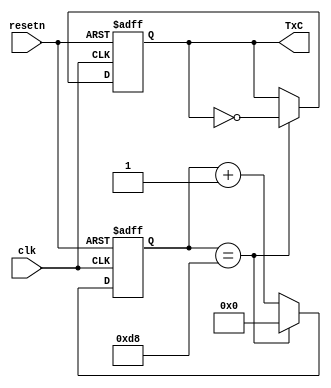
module UART_baud_rate(
  input       clk,
  input       resetn,

  output reg TxC
);

  /* period constant */
  localparam period = 8'd216;

  /* counter */
  reg [7:0] cnt;

  /* update count */
  always @(posedge clk or negedge resetn)
    begin
      if (resetn == 1'b0)
        begin
          cnt <= 8'd0;
			 TxC <= 1'b0;
        end
		else if (cnt == period)
		  begin
		    cnt <= 8'd0;
			 TxC <= ~TxC;
		  end
      else
        begin
          cnt <= cnt + 1;
			 TxC <= TxC;
        end
    end
	 
endmodule